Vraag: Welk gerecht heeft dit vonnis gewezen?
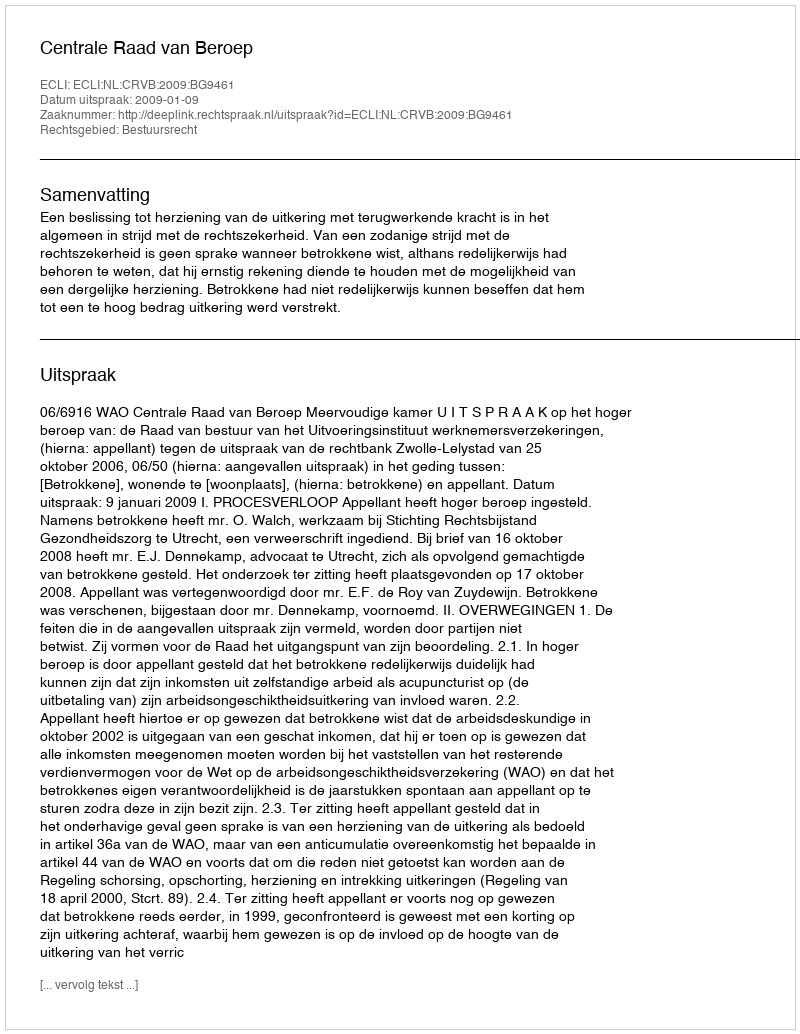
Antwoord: Centrale Raad van Beroep